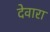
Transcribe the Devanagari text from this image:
देवारा